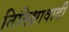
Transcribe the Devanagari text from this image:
तितिक्षावादी